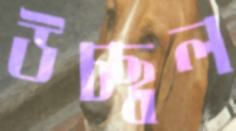
উচ্ছ্বল